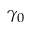
\gamma _ { 0 }